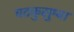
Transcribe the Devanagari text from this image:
घटकुसुम्बा